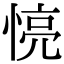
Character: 𢝋